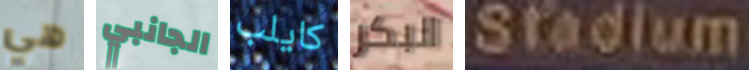
هي الجانبي كايلب البكر Stadium